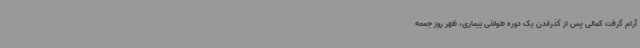
آرام گرفت کمالی پس از گذراندن یک دوره طولانی بیماری، ظهر روز جمعه